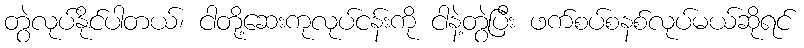
တွဲလုပ်နိုင်ပါတယ်၊ ငါတို့ဆေးကုလုပ်ငန်းကို ငါနဲ့တွဲပြီး ဖက်စပ်စနစ်လုပ်မယ်ဆိုရင်